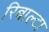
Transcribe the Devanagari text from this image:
रिबाल्टा